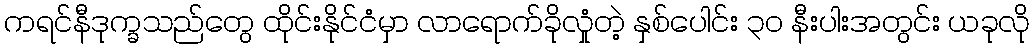
ကရင်နီဒုက္ခသည်တွေ ထိုင်းနိုင်ငံမှာ လာရောက်ခိုလှုံတဲ့ နှစ်ပေါင်း ၃၀ နီးပါးအတွင်း ယခုလို